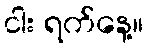
ငါး ရက်နေ့။